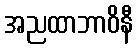
အညထာဘာဝိနီ